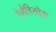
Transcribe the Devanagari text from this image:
रेमेडियोस